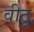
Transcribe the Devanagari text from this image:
वीठू